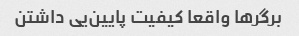
برگرها واقعا کیفیت پایین‌یی داشتن